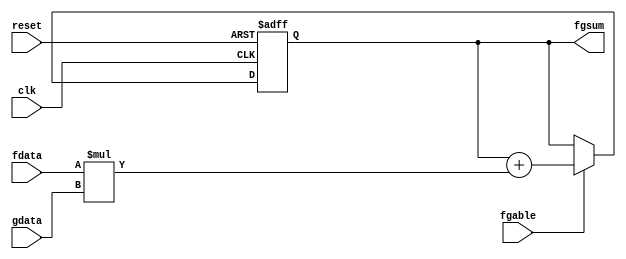
module calc_serial_fgcalc(clk, reset, fdata, gdata, fgable, fgsum);
input clk;
input reset;
input [2:0] fdata;
input [2:0] gdata;
input fgable;
output reg [13:0] fgsum;

always@(posedge clk or negedge reset)
begin
	if (reset == 0)
		fgsum <= 0;
	else
	begin
		if (fgable == 1)
			fgsum <= fgsum + fdata * gdata;
		else
			fgsum <= fgsum;
	end
end

endmodule